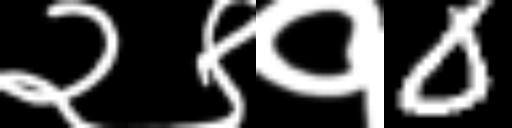
Text: २९१0